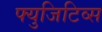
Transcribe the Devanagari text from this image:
फ्युजिटिव्स